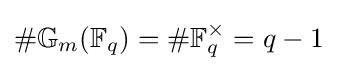
\#\mathbb {G} _{m}(\mathbb {F} _{q})=\#\mathbb {F} _{q}^{\times }=q-1